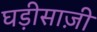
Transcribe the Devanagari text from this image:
घड़ीसाज़ी